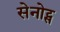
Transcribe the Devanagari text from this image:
सेनोट्स